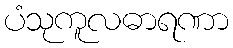
ပံသုကူလဓာရဏာ